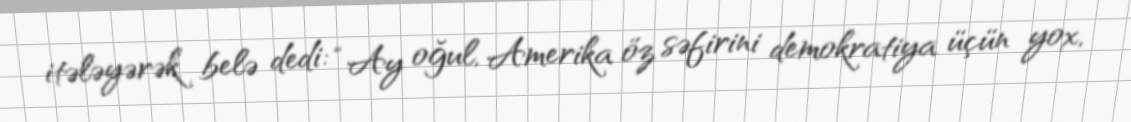
itələyərək belə dedi: “Ay oğul, Amerika öz səfirini demokratiya üçün yox,